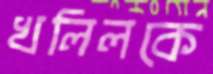
খলিলকে